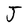
Character: J